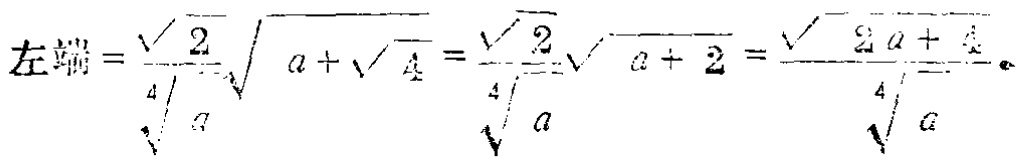
左端=\(\frac{\sqrt{2}}{\sqrt[4]{a}}\sqrt{a + \sqrt{4}}=\frac{\sqrt{2}}{\sqrt[4]{a}}\sqrt{a + 2}=\frac{\sqrt{2a + 4}}{\sqrt[4]{a}}\)